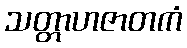
သတ္တာဟဇာတကံ